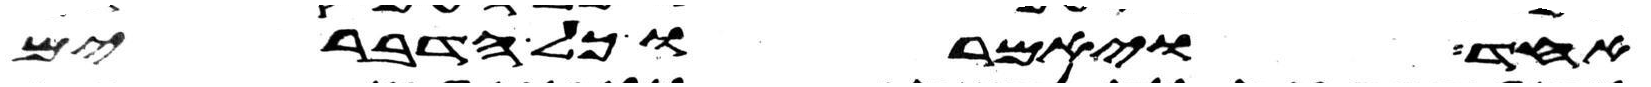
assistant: אחד ויאמרו כל הדברים